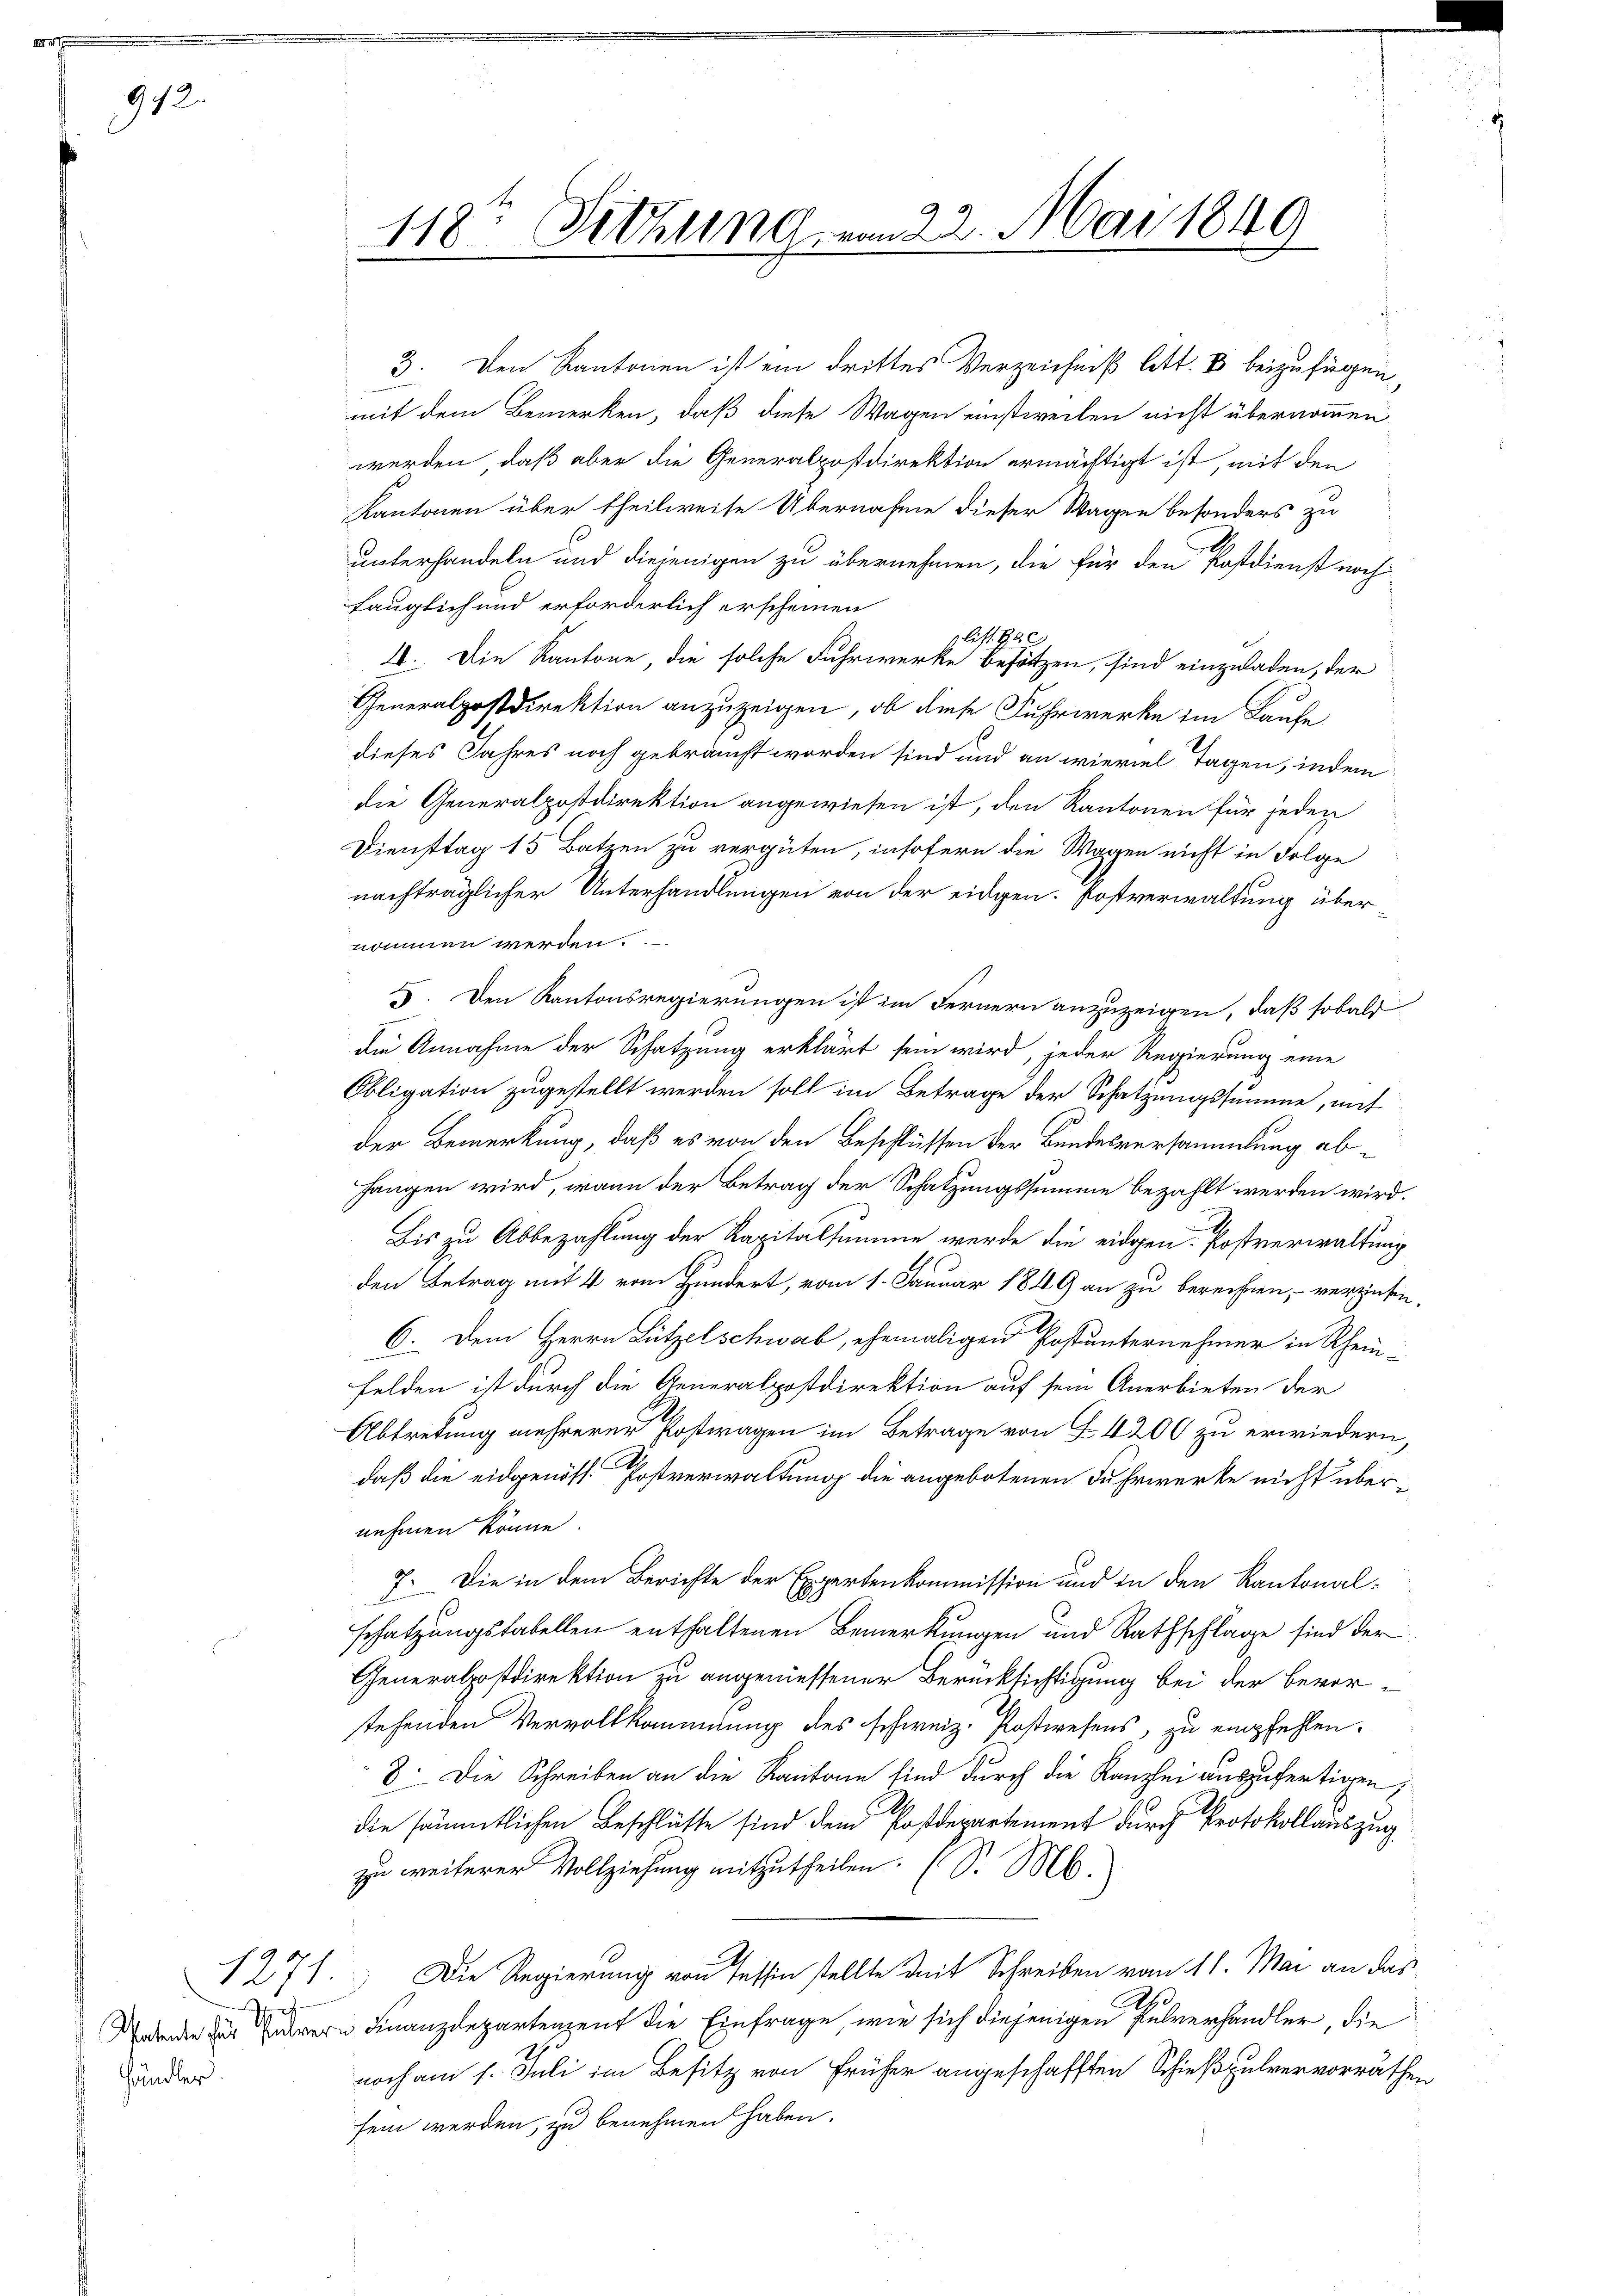
912.

.
händler

118: Sitzung vom 22. Mai 1849
.

mit dem Bemerken, daß diese Wagen einstweilen nicht übernommen
werden, daß aber die Generalpostdirektion ermächtigt ist, mit den
Kantonen über theilweise Übernahme dieser Wagen besonders zu
unterhandeln und diejenigen zu übernehmen, die für den Postdienst noch
fauglich und erforderlich erscheinen
plitt. Rec
2. Die Kantone, die solche Fuhrwerke besätzen, sind einzuladen, der
Generalpostdirektion anzuzeigen, ob diese Fuhrwerke im Laufe
dieses Jahres noch gebraucht worden sind und an wieviel Tagen, indem
die Generalpostdirektion angewiesen ist, den Kantonen für jeden
Diensttag 15 Batzen zu vergüten, insofern die Wagen nicht in Folge
nachträglicher Unterhandlungen von der eidgen. Postverwaltung übernommen werden.
5. Den Kantonsregierungen ist im Fernern anzuzeigen, daß sobald
die Annahme der Schatzung erklärt sein wird, jeder Regierung eine
Obligation zugestellt werden soll im Betrage der Schatzungssumme, mit
der Bemerkung, daß es von den Beschlüssen der Bundesversammlung abhangen wird, wenn der Betrag der Schatzungssumme bezahlt werden wird.
Bis zu Abbezahlung der Kapitalsumme werde die eidgen. Postverwaltung
den Betrag mit 4 vom Hundert, vom 1. Januar 1849 an zu berechnen, verziehen.
C. Dem Herrn Lützelschwab, ehemaligen Postunternehmer in Rhein-
Felden ist durch die Generalpostdirektion auf sein Anerbieten der
Abtretung mehrerer Postwagen im Betrage von § 4200 zu erwiedern,
daß die eidgenöss. Postverwaltung die angebotenen Fuhrwerke nicht übernehmen könne.
7. Die in dem Berichte der Expertenkommission und in den Kantonalschatzungstabellen enthaltenen Bemerkungen und Rathschlage sind der
Generalpostdirektion zu angeniessener Berücksichtigung bei der bevorstehenden Vervollkommung des schweiz. Postwesens, zu empfehlen.
8. Die Schreiben an die Kantone sind durch die Kanzlei auszufertigen,
die sämmtlichen Beschlüsse sind dem Postdepartement durch Protokollauszug
zu weiterer Vollziehung mitzutheilen. (S. M.
127). Die Regierung von Tessin stellte mit Schreiben vom 11. Mai an das
2
aenden der Parer Finanzdepartenzent die Einfrage, wie sich diejenigen Pulverhandler, die
noch am 1. Juli im Besitz von früher angeschafften Schießpulvervorräthen
sein werden, zu benehmen haben.

3. Den Kantonen ist ein drittes Verzeichniß litt. Es beizufügen,